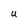
Character: U